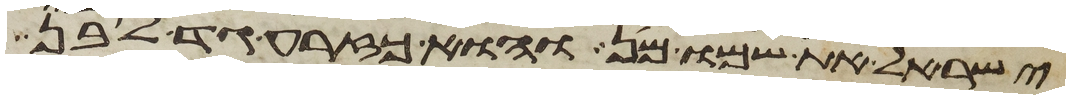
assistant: ישראל את שמו מן והוא כזרע גד לבן